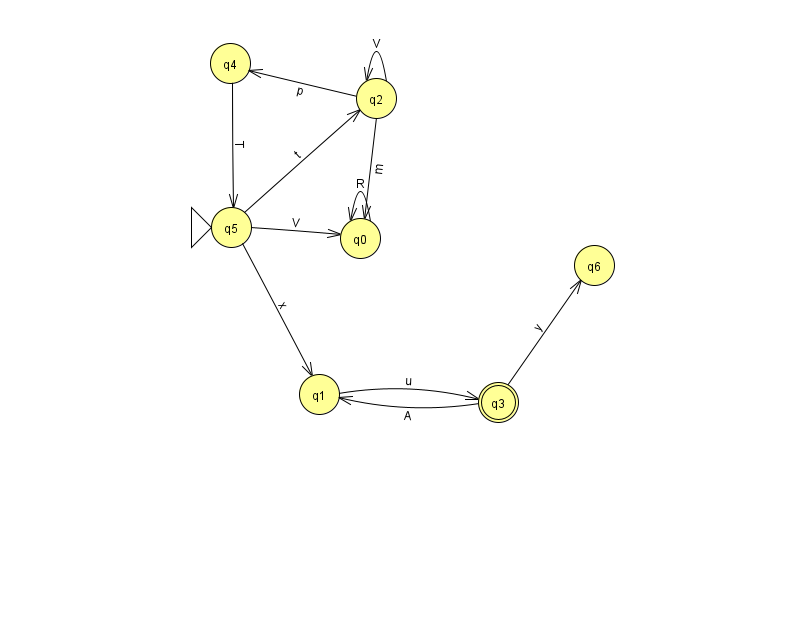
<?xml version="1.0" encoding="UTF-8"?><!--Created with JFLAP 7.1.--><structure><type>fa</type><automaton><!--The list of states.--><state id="0" name="q0"><x>360.0</x><y>225.0</y></state><state id="1" name="q1"><x>319.0</x><y>381.0</y></state><state id="2" name="q2"><x>376.0</x><y>85.0</y></state><state id="3" name="q3"><x>498.0</x><y>389.0</y><final/></state><state id="4" name="q4"><x>230.0</x><y>50.0</y></state><state id="5" name="q5"><x>231.0</x><y>214.0</y><initial/></state><state id="6" name="q6"><x>594.0</x><y>252.0</y></state><!--The list of transitions.--><transition><from>2</from><to>0</to><read>m</read></transition><transition><from>0</from><to>0</to><read>R</read></transition><transition><from>3</from><to>6</to><read>y</read></transition><transition><from>5</from><to>1</to><read>x</read></transition><transition><from>4</from><to>5</to><read>T</read></transition><transition><from>5</from><to>0</to><read>V</read></transition><transition><from>2</from><to>2</to><read>V</read></transition><transition><from>5</from><to>2</to><read>t</read></transition><transition><from>3</from><to>1</to><read>A</read></transition><transition><from>2</from><to>4</to><read>p</read></transition><transition><from>1</from><to>3</to><read>u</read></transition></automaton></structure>